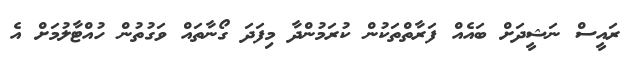
ރައީސް ނަޝީދަށް ބައެއް ފަރާތްތަކުން ކުރަމުންދާ މިފަދަ ގޯނާތައް ވަގުތުން ހުއްޓާލުމަށް އެ